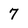
Character: 7